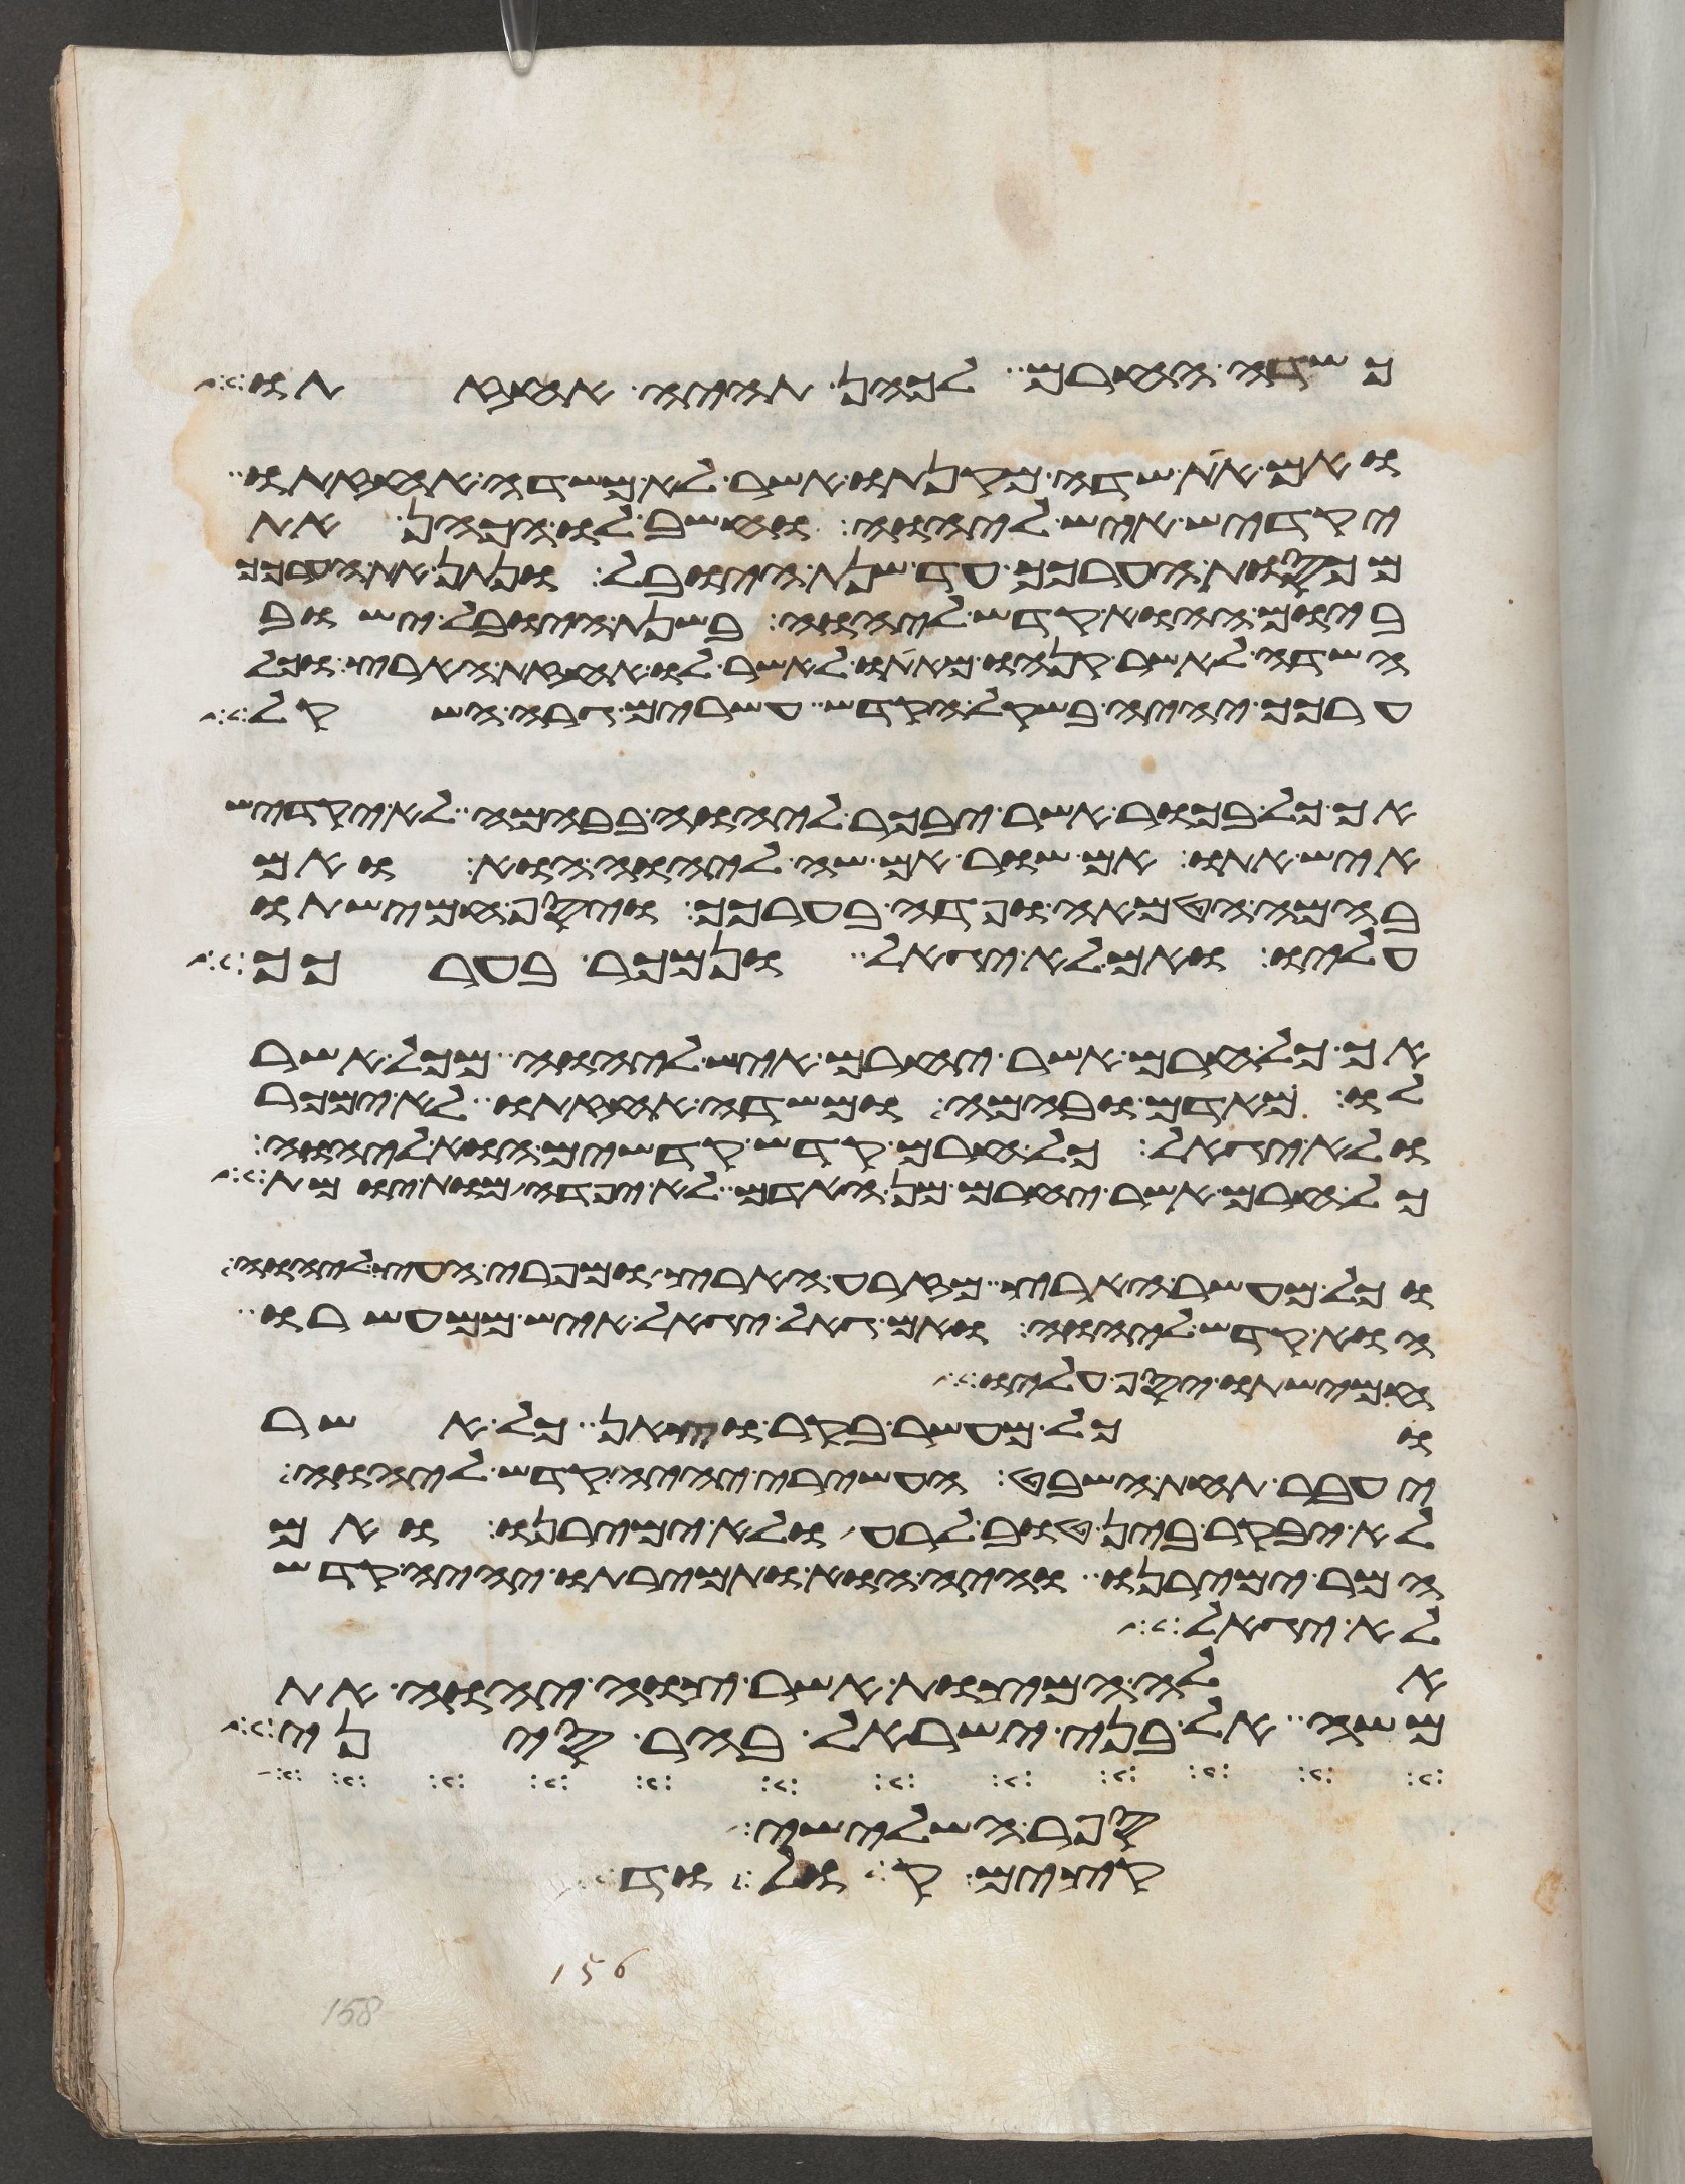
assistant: כשדה החרם לכהן תהיה אחזתו
ואם את שדה מקנתו אשר לא משדה אחזתו
יקדיש איש ליהוה וחשב לו הכהן את
מכסות הערכך עד שנת היובל ונתן את הערכך
ביום ההוא קדש ליהוה בשנת היובל ישוב
השדה לאשר קנהו מאתו לאשר לו אחזת הארץ וכל
ערכך יהיה בשקל הקדש עשרים גרה השקל
אך כל בכור אשר יבכר ליהוה בבהמה לא יקדיש
איש אתו אם שור אם שה ליהוה הוא ואם
בבהמה הטמאה ופדה בערכך ויסף חמישתו
עליו ואם לא יגאל ונמכר בערכך
אך כל חרם אשר יחרם איש ליהוה מכל אשר
לו מאדם ובהמה ומשדה אחזתו לא ימכר
ולא יגאל כל חרם קדש קדשים הוא ליהוה
כל חרם אשר יחרם מן האדם לא יפדה מות יומת
וכל מעשר הארץ מזרע הארץ ומפרי העץ ליהוה
הוא קדש ליהוה ואם גאל יגאל איש ממעשרו
חמישתו יסף עליו
וכל מעשר בקר וצאן כל אשר
יעבר תחת השבט העשירי יהיה קדש ליהוה
לא יבקר בין טוב לרע ולא ימירנו ואם
המר ימירנו והיה הוא ותמירתו יהיה קדש
לא יגאל
אלה המצות אשר צוה יהוה את
משה אל בני ישראל בהר סיני
הנהר השלישי
בתיכם קחו ולכו